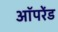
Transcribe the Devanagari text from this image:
ऑपरेंड